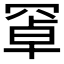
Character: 𦋐